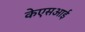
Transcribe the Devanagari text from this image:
केएसआई